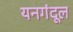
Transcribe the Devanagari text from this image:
यनगंदूल